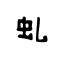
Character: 虬